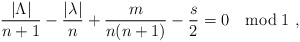
\begin{align*}\frac{|\Lambda|}{n+1}-\frac{|\lambda|}{n}+{m\over n(n+1)}-{s \over 2}=0 \quad \mbox{mod} \; 1~, \end{align*}